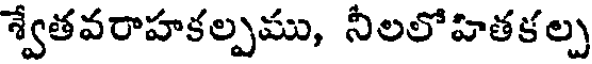
శ్వేతవరాహకల్పము, నీలలోహితకల్ప